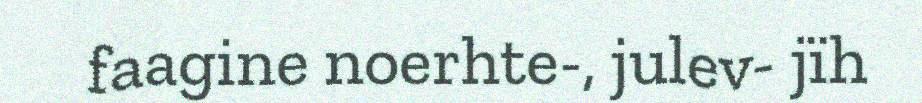
faagine noerhte-, julev- jïh